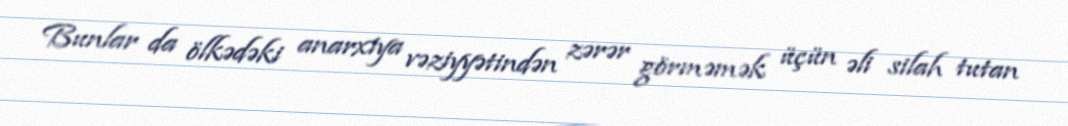
Bunlar da ölkədəki anarxiya vəziyyətindən zərər görməmək üçün əli silah tutan